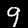
Digit: 9